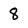
Character: 8